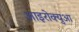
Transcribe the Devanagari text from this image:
आइरोक्युआ